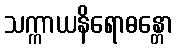
သက္ကာယနိရောဓန္တော